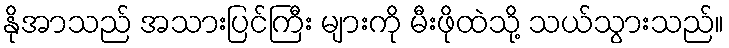
နိုအာသည် အသားပြင်ကြီး များကို မီးဖိုထဲသို့ သယ်သွားသည်။